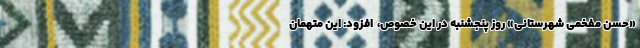
«حسن مفخمی شهرستانی» روز پنجشنبه در این خصوص، ‌ افزود: این متهمان